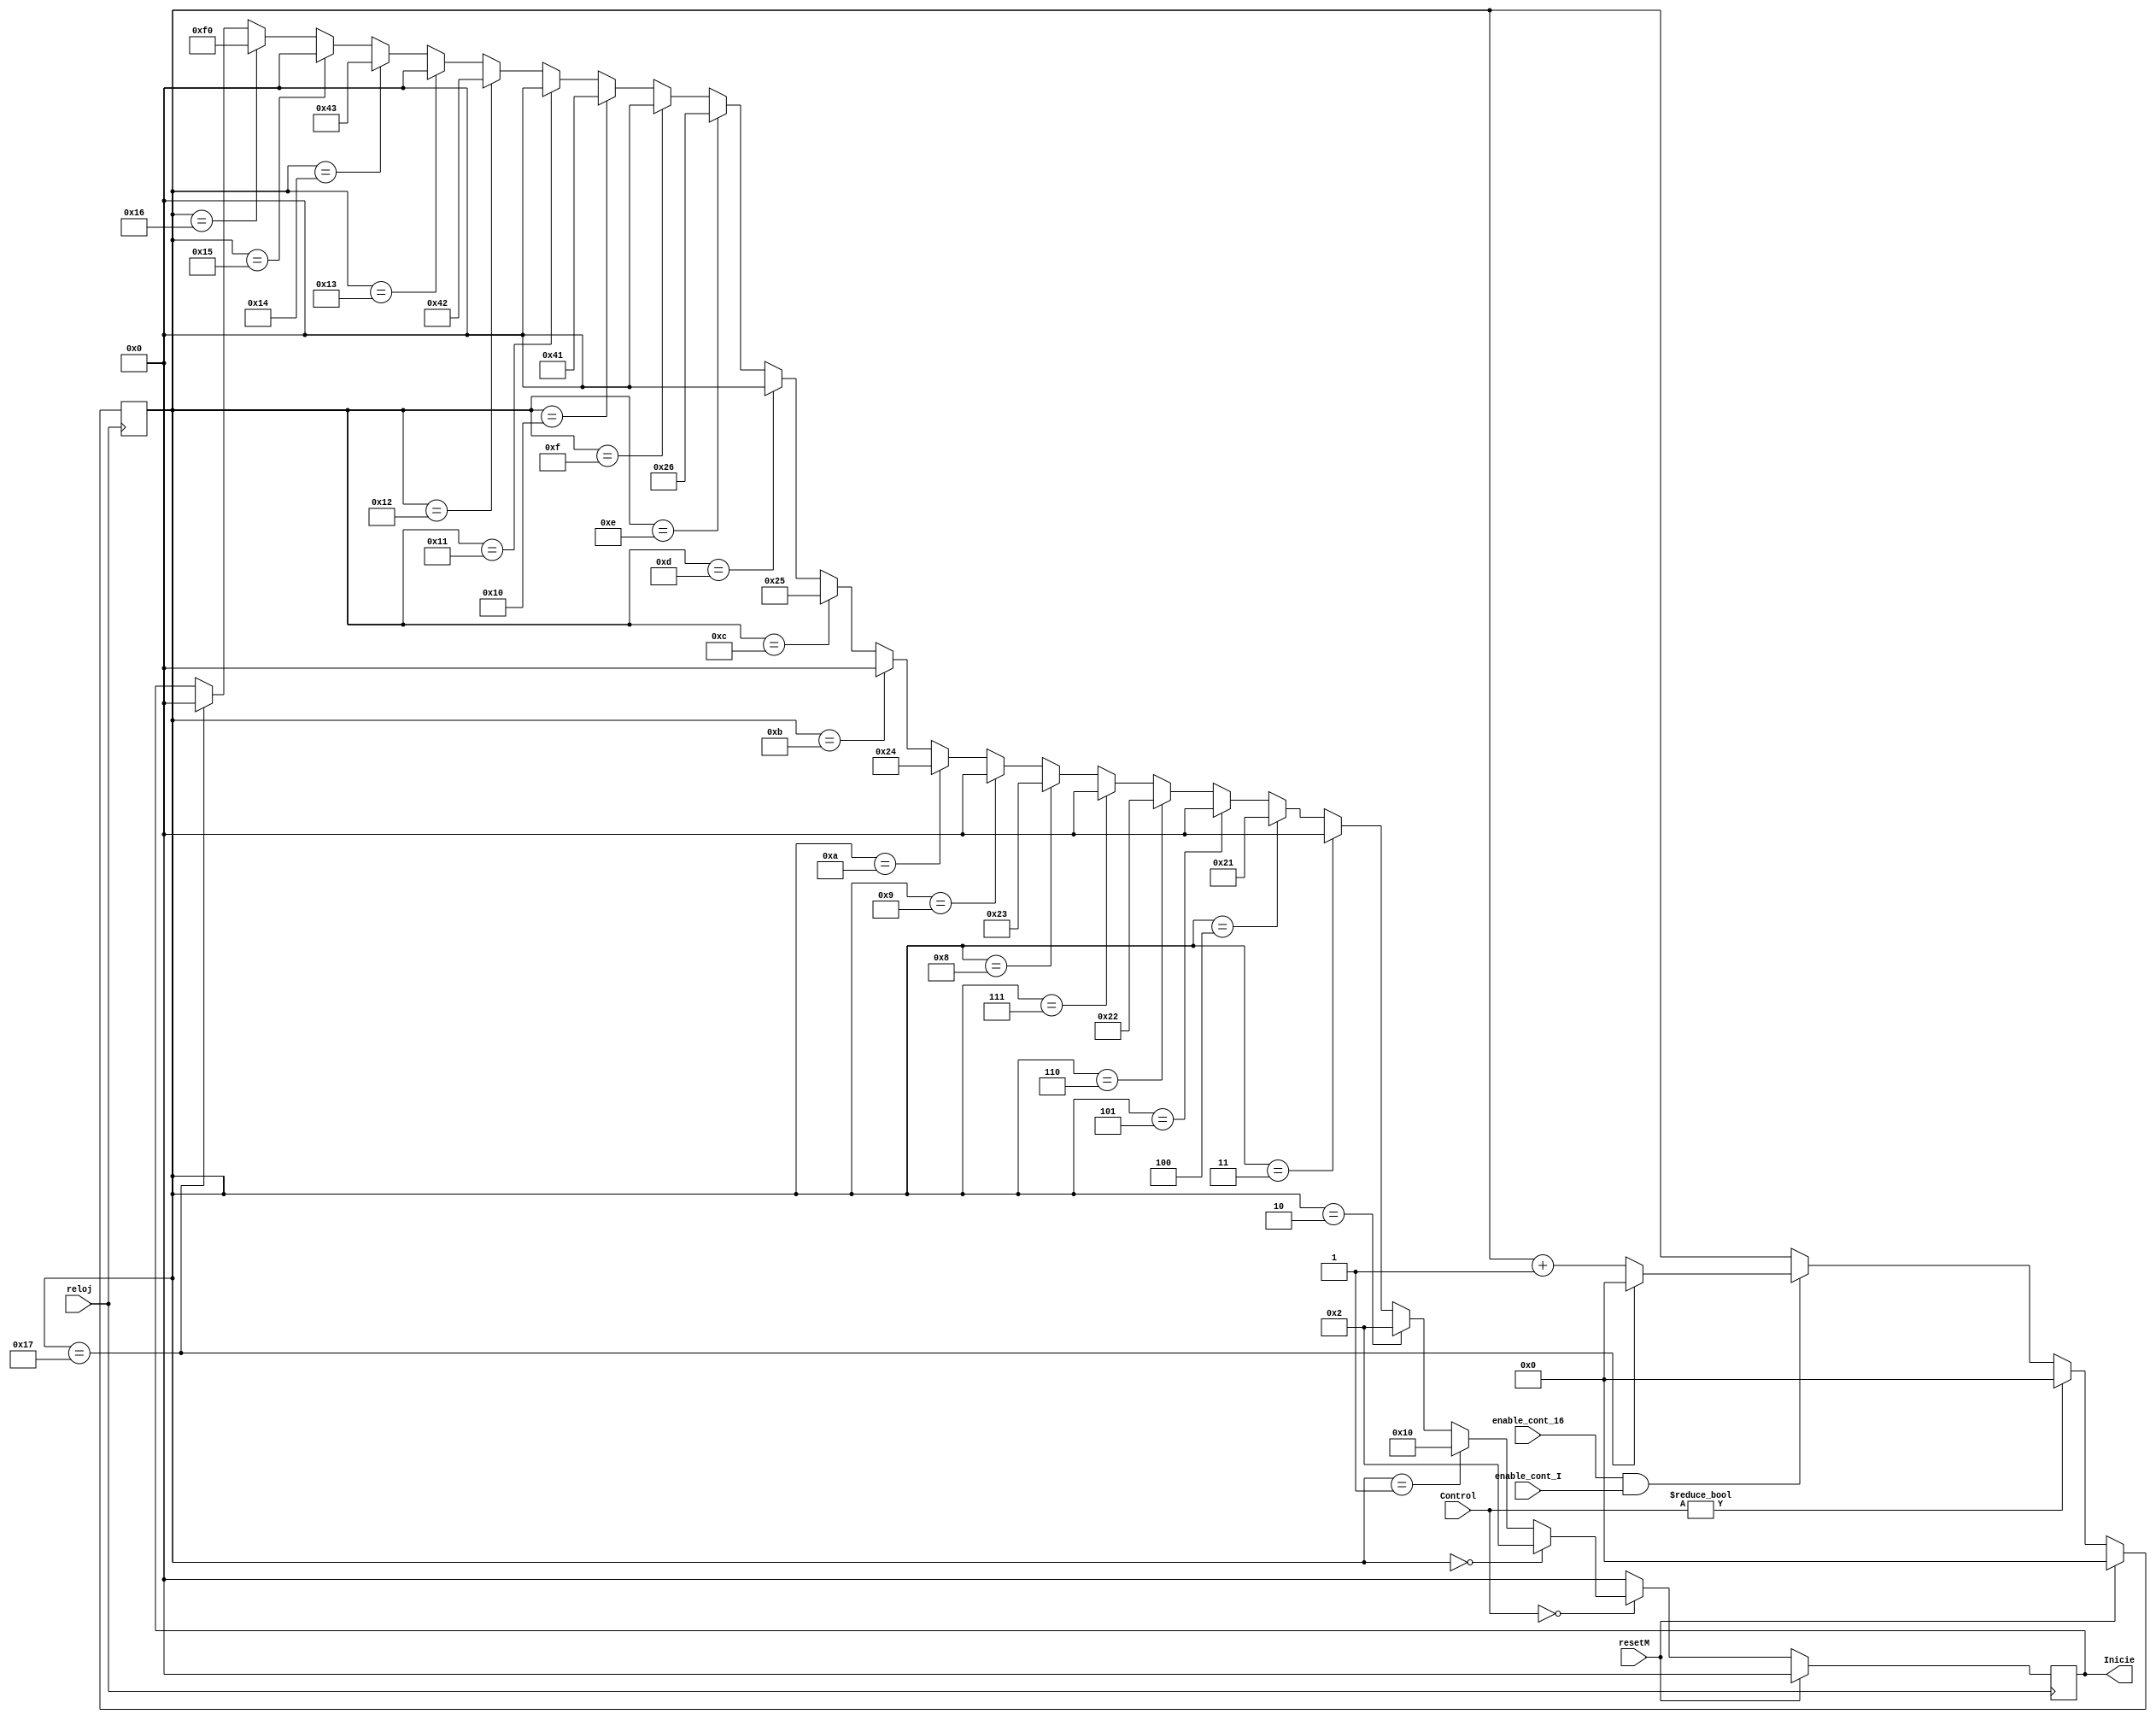
`timescale 1ns / 1ps
//////////////////////////////////////////////////////////////////////////////////
// Company: 
// Engineer: 
// 
// Design Name: 
// Module Name: inicializacion
// Project Name: 
// Target Devices: 
// Tool Versions: 
// Description: 
// 
// Dependencies: 
// 
// Revision:
// Revision 0.01 - File Created
// Additional Comments:
// 
//////////////////////////////////////////////////////////////////////////////////


module inicializacion(
    
    output [7:0] Inicie,
    
    input reloj,
    input enable_cont_16,
    input enable_cont_I,
    input resetM,
    input [1:0] Control


    );
    
reg [4:0] contador_21 = 0; 
reg [7:0] inicie;

assign Inicie = inicie;
  
  
  
  always @ (posedge reloj)
     
     begin
     if (resetM)
        contador_21 <= 0;
     
     else if (Control != 0)
        contador_21 <= 0;
     
     else if (enable_cont_16 ==1  && enable_cont_I==1 )
     begin
     
     if (contador_21 == 5'd23)
        contador_21 <= 0;
     else
        contador_21 <= contador_21 + 1'b1 ; 
     
     end
     
     else
         contador_21 <= contador_21;
         
     end
     
     
     
     
    ///// INICIALIZAR  
    
    always @(posedge reloj)
    
    begin
    
    if (resetM)
        inicie <= 8'd0;
    
    else if (Control == 0)
        begin
        
        if (contador_21==0)
            inicie <= 8'd2;
            
        else if (contador_21==1)
            inicie <= 8'd16;
            
        else if (contador_21==2)
                    inicie <= 8'd02;
                    
        else if (contador_21==3)
                    inicie <= 8'd00;
                                
        else if (contador_21==4)
                    inicie <= 8'd33;
                    
        else if (contador_21==5)
                    inicie <= 8'd0;
                        
        else if (contador_21==6)
                    inicie <= 8'd34;
                    
        else if (contador_21==7)
                    inicie <= 8'd0;
                    
        else if (contador_21==8)
                    inicie <= 8'd35;
        
        else if (contador_21==9)
                    inicie <= 8'd0;
        
        else if (contador_21==10)
                    inicie <= 8'd36;
        
        else if (contador_21==11)
                    inicie <= 8'd0;
        
        else if (contador_21==12)
                     inicie <= 8'd37;
        
        
        else if (contador_21==13)
                     inicie <= 8'd0;
        
        
        else if (contador_21==14)
                     inicie <= 8'd38;
        
        else if (contador_21==15)
                     inicie <= 8'd0;
        
        
        else if (contador_21==16)
                     inicie <= 8'd65;
        
        else if (contador_21==17)
                     inicie <= 8'd0;
        
        else if (contador_21==18)
                     inicie <= 8'd66;
        
        else if (contador_21==19)
                     inicie <= 8'd0;
        
        else if (contador_21==20)
                     inicie <= 8'd67;
        
        else if (contador_21==21)
                     inicie <= 8'd0;
        
        else if (contador_21==22)
                     inicie <= 8'd240;
        
        else if (contador_21==23)
                     inicie <= 8'd0;
        
        else 
            inicie <= inicie;
        
        end
    
    else 
       inicie <= 8'd0;
    
    end  
    
    
    
    
    
    
    
    
    
    
    
    
    
    
    
    
    
    
    
    
    
    
    
    
    
    
    
    
    
    
endmodule